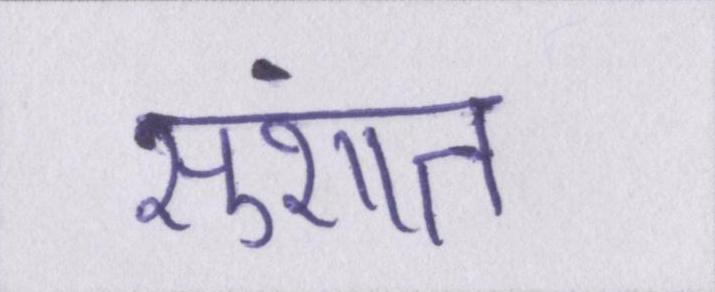
सुशांत